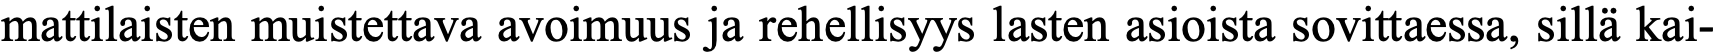
mattilaisten muistettava avoimuus ja rehellisyys lasten asioista sovittaessa, sillä kai-